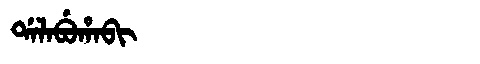
Manchu: ᡩᠠᠯᠠᠪᡠᡥᠠᠪᡳ
Romanization: DALABUHABI